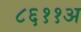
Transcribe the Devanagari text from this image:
८६११अ